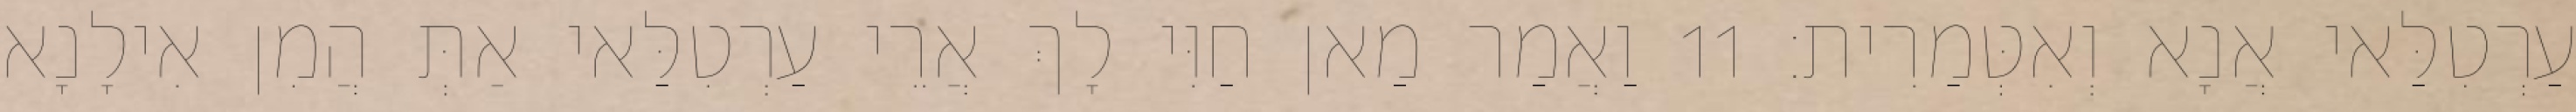
עַרְטִלַּאי אֲנָא וְאִטְּמַרִית׃ 11 וַאֲמַר מַאן חַוִּי לָךְ אֲרֵי עַרְטִלַּאי אַתְּ הֲמִן אִילָנָא